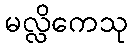
မလ္လိကေသု